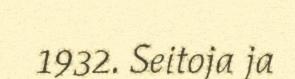
1932. Seitoja ja